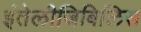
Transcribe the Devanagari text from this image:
इंतेलीजिबिलिस